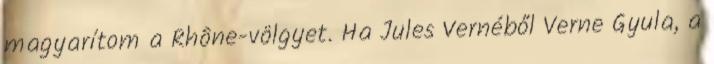
magyarítom a Rhône-völgyet. Ha Jules Vernéből Verne Gyula, a